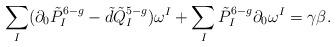
LaTeX: \begin{align*}\sum_I(\partial_0\tilde{P}^{6-g}_I-\tilde{d}\tilde{Q}^{5-g}_I)\omega^I+\sum_I\tilde{P}^{6-g}_I\partial_0\omega^I=\gamma\beta.\end{align*}